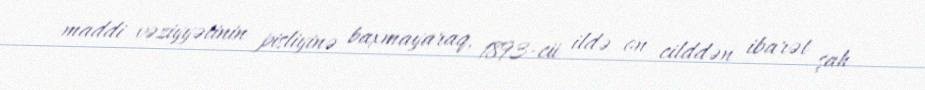
maddi vəziyyətinin pisliyinə baxmayaraq, 1893-cü ildə on cilddən ibarət şah